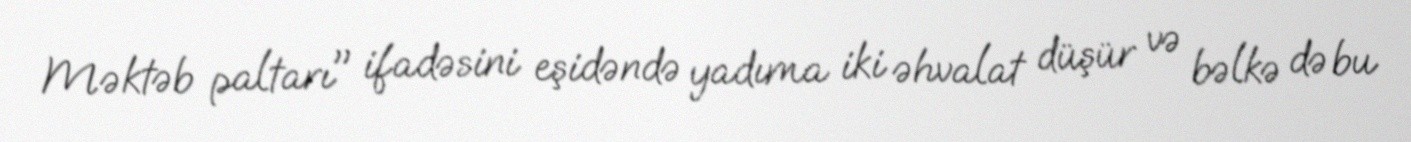
Məktəb paltarı" ifadəsini eşidəndə yadıma iki əhvalat düşür və bəlkə də bu